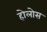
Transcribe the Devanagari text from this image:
होलोस